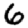
Digit: 6